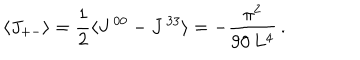
LaTeX: \langle J _ { + - } \rangle = \frac { 1 } { 2 } \langle J ^ { \, 0 0 } - J ^ { \, 3 3 } \rangle = - \frac { \pi ^ { 2 } } { 9 0 \, L ^ { 4 } } \, .